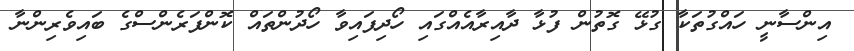
އިންސާނީ ހައްގުތަކާ ގުޅޭ ގޮތުން ފުޅާ ދާއިރާއެއްގައި ހޯދިފައިވާ ހޯދުންތައް ކޮންފަރެންސްގެ ބައިވެރިންނާ